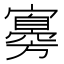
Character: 㝰